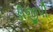
ડીજીપી